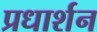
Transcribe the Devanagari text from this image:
प्रधार्शन